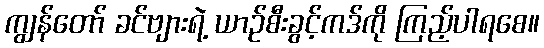
ကျွန်တော် ခင်ဗျားရဲ့ ယာဉ်စီးခွင့်ကဒ်ကို ကြည့်ပါရစေ။